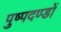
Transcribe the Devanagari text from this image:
पुष्पदण्डों